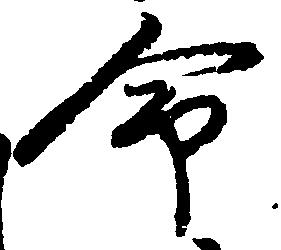
命